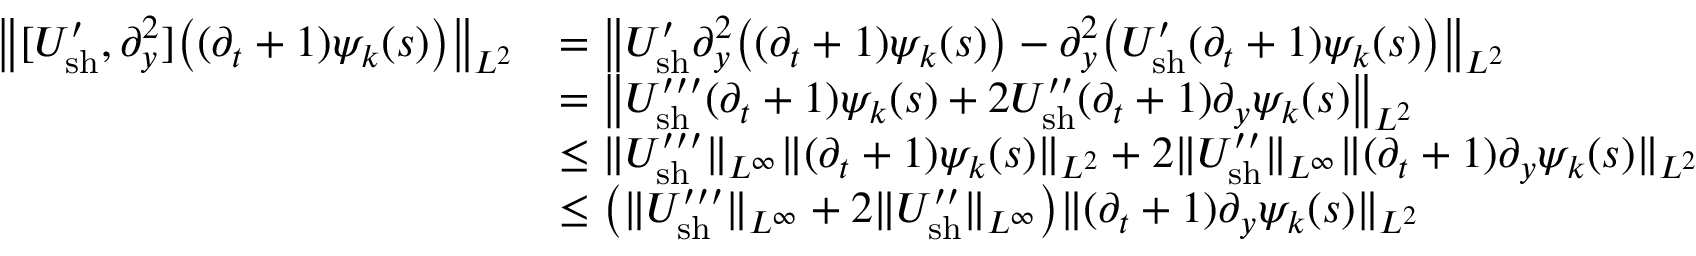
\begin{array} { r l } { \big \| [ U _ { \mathrm { s h } } ^ { \prime } , \partial _ { y } ^ { 2 } ] \big ( ( \partial _ { t } + 1 ) \psi _ { k } ( s ) \big ) \big \| _ { L ^ { 2 } } } & { = \big \| U _ { \mathrm { s h } } ^ { \prime } \partial _ { y } ^ { 2 } \big ( ( \partial _ { t } + 1 ) \psi _ { k } ( s ) \big ) - \partial _ { y } ^ { 2 } \big ( U _ { \mathrm { s h } } ^ { \prime } ( \partial _ { t } + 1 ) \psi _ { k } ( s ) \big ) \big \| _ { L ^ { 2 } } } \\ & { = \big \| U _ { \mathrm { s h } } ^ { \prime \prime \prime } ( \partial _ { t } + 1 ) \psi _ { k } ( s ) + 2 U _ { \mathrm { s h } } ^ { \prime \prime } ( \partial _ { t } + 1 ) \partial _ { y } \psi _ { k } ( s ) \big \| _ { L ^ { 2 } } } \\ & { \leq \| U _ { \mathrm { s h } } ^ { \prime \prime \prime } \| _ { L ^ { \infty } } \| ( \partial _ { t } + 1 ) \psi _ { k } ( s ) \| _ { L ^ { 2 } } + 2 \| U _ { \mathrm { s h } } ^ { \prime \prime } \| _ { L ^ { \infty } } \| ( \partial _ { t } + 1 ) \partial _ { y } \psi _ { k } ( s ) \| _ { L ^ { 2 } } } \\ & { \leq \big ( \| U _ { \mathrm { s h } } ^ { \prime \prime \prime } \| _ { L ^ { \infty } } + 2 \| U _ { \mathrm { s h } } ^ { \prime \prime } \| _ { L ^ { \infty } } \big ) \| ( \partial _ { t } + 1 ) \partial _ { y } \psi _ { k } ( s ) \| _ { L ^ { 2 } } } \end{array}